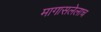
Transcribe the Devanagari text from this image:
मागासलेलाच